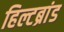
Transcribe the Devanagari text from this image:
हिल्टब्रांड